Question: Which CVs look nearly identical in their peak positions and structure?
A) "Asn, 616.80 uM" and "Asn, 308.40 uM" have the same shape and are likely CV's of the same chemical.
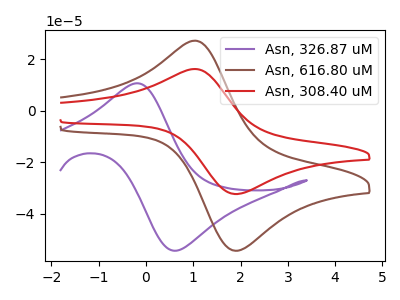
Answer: <think>The purple curve "Asn, 326.87 uM" has an anodic peak at (-0.20V, 10.65uA) and a cathodic peak at (0.65V, -54.40uA). The brown curve "Asn, 616.80 uM" has an anodic peak at (1.05V, 27.20uA) and a cathodic peak at (1.95V, -54.40uA). The red curve "Asn, 308.40 uM" has an anodic peak at (1.05V, 16.20uA) and a cathodic peak at (1.95V, -32.35uA).
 "Asn, 326.87 uM" and "Asn, 616.80 uM" have at least one peak that do not match. "Asn, 326.87 uM" and "Asn, 308.40 uM" have at least one peak that do not match. All the peaks in "Asn, 616.80 uM" have a peak in "Asn, 308.40 uM" at the same potential. Every peak in "Asn, 616.80 uM" is higher than every peak in "Asn, 308.40 uM".</think>
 <answer>A) "Asn, 616.80 uM" and "Asn, 308.40 uM" have the same shape and are likely CV's of the same chemical.</answer>
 <eval>A</eval>